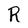
Character: R